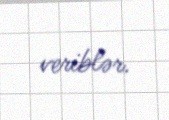
veriblər.